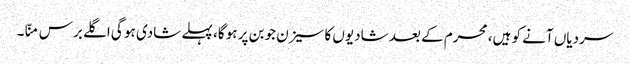
سردیاں آنے کو ہیں، محرم کے بعد شادیوں کا سیزن جوبن پر ہو گا، پہلے شادی ہو گی اگلے برس منّا۔